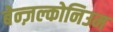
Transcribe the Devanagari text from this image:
बेन्ज़ल्कोनिउम